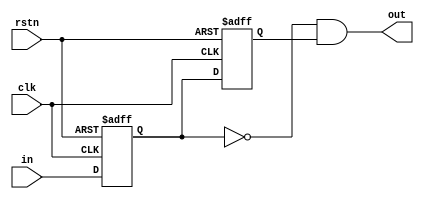
module button_release_detector(/*autoarg*/
    // Outputs
    out,
    // Inputs
    clk, in, rstn
    );
    input clk;
    input in;
    input rstn; // master asynchronous reset
    output out;

    reg	r1;
    reg	r2;
    reg	r3;

    always @(posedge clk or negedge rstn) begin
        if (~rstn) {r1, r2, r3} <= 3'b000;
        else begin
            r1 <= in;
            r2 <= r1;
            r3 <= r2;
        end
    end

    assign out = ~r1 & r2;

endmodule // button